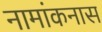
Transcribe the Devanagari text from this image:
नामांकनास